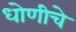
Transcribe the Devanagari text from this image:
धोणीचे